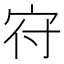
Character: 𡧛